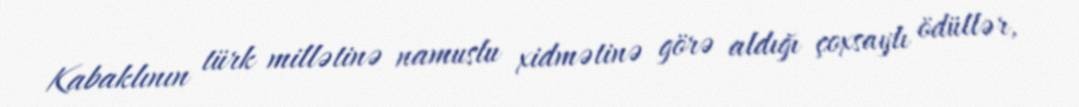
Kabaklının türk millətinə namuslu xidmətinə görə aldığı çoxsaylı ödüllər,